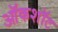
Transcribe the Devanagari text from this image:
ऑकशॉट